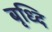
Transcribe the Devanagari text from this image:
बृध्दि